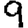
Digit: 9